Report on the lunatic asylums in Bengal - 1862-
Year: 1862
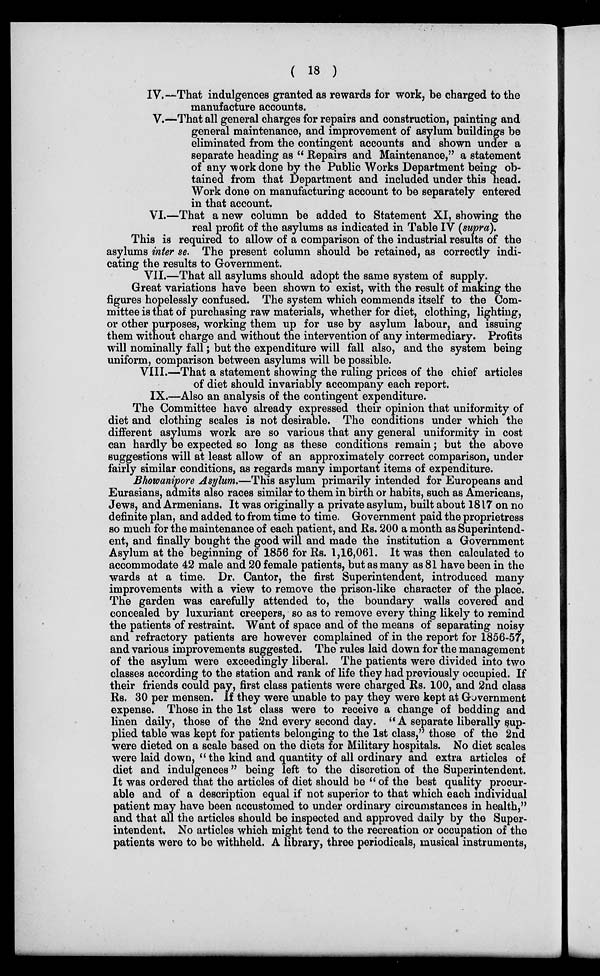
( 18 )
IV.—That indulgences granted as rewards for work, be charged to the
manufacture accounts.
V.—That all general charges for repairs and construction, painting and
general maintenance, and improvement of asylum buildings be
eliminated from the contingent accounts and shown under a
separate heading as " Repairs and Maintenance," a statement
of any work done by the Public Works Department being ob-
tained from that Department and included under this head.
Work done on manufacturing account to be separately entered
in that account.
VI.—That a new column be added to Statement XI, showing the
real profit of the asylums as indicated in Table IV (supra).
This is required to allow of a comparison of the industrial results of the
asylums inter se. The present column should be retained, as correctly indi-
cating the results to Government.
VII.—That all asylums should adopt the same system of supply.
Great variations have been shown to exist, with the result of making the
figures hopelessly confused. The system which commends itself to the Com-
mittee is that of purchasing raw materials, whether for diet, clothing, lighting,
or other purposes, working them up for use by asylum labour, and issuing
them without charge and without the intervention of any intermediary. Profits
will nominally fall; but the expenditure will fall also, and the system being
uniform, comparison between asylums will be possible.
VIII.—That a statement showing the ruling prices of the chief articles
of diet should invariably accompany each report.
IX.—Also an analysis of the contingent expenditure.
The Committee have already expressed their opinion that uniformity of
diet and clothing scales is not desirable. The conditions under which the
different asylums work are so various that any general uniformity in cost
can hardly be expected so long as these conditions remain; but the above
suggestions will at least allow of an approximately correct comparison, under
fairly similar conditions, as regards many important items of expenditure.
Bhowanipore Asylum.—This asylum primarily intended for Europeans and
Eurasians, admits also races similar to them in birth or habits, such as Americans,
Jews, and Armenians. It was originally a private asylum, built about 1817 on no
definite plan, and added to from time to time. Government paid the proprietress
so much for the maintenance of each patient, and Rs. 200 a month as Superintend-
ent, and finally bought the good will and made the institution a Government
Asylum at the beginning of 1856 for Rs. 1,16,061. It was then calculated to
accommodate 42 male and 20 female patients, but as many as 81 have been in the
wards at a time. Dr. Cantor, the first Superintendent, introduced many
improvements with a view to remove the prison-like character of the place.
The garden was carefully attended to, the boundary walls covered and
concealed by luxuriant creepers, so as to remove every thing likely to remind
the patients of restraint. Want of space and of the means of separating noisy
and refractory patients are however complained of in the report for 1856-57,
and various improvements suggested. The rules laid down for the management
of the asylum were exceedingly liberal. The patients were divided into two
classes according to the station and rank of life they had previously occupied. If
their friends could pay, first class patients were charged Rs. 100, and 2nd class
Rs. 30 per mensen. If they were unable to pay they were kept at Government
expense. Those in the 1st class were to receive a change of bedding and
linen daily, those of the 2nd every second day. " A separate liberally sup-
plied table was kept for patients belonging to the 1st class," those of the 2nd
were dieted on a scale based on the diets for Military hospitals. No diet scales
were laid down, "the kind and quantity of all ordinary and extra articles of
diet and indulgences" being left to the discretion of the Superintendent.
It was ordered that the articles of diet should be "of the best quality procur-
able and of a description equal if not superior to that which each individual
patient may have been accustomed to under ordinary circumstances in health,"
and that all the articles should be inspected and approved daily by the Super-
intendent. No articles which might tend to the recreation or occupation of the
patients were to be withheld. A library, three periodicals, musical instruments,